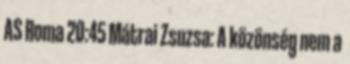
AS Roma 20:45 Mátrai Zsuzsa: A közönség nem a